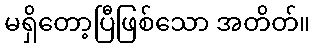
မရှိတော့ပြီဖြစ်သော အတိတ်။